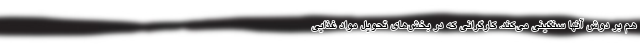
هم بر دوش آنها سنگینی می‌کند. کارگرانی که در بخش‌های تحویل مواد غذایی